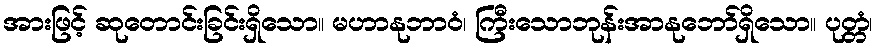
အားဖြင့် ဆုတောင်းခြင်းရှိသော။ မဟာနုဘာဝံ၊ ကြီးသောဘုန်းအာနုဘော်ရှိသော။ ပုတ္တံ၊